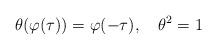
LaTeX: \begin{align*}\theta(\varphi(\tau))=\varphi(-\tau),\quad\theta^2=1\end{align*}